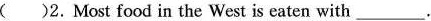
()2. Most food in the West is eaten with___.